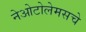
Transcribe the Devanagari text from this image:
नेओटोलेमसचे